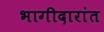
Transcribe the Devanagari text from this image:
भागीदारांत